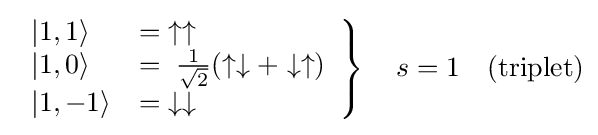
\left.{\begin{array}{ll}|1,1\rangle &=\;\uparrow \uparrow \\|1,0\rangle &=\;{\frac {1}{\sqrt {2}}}(\uparrow \downarrow +\downarrow \uparrow )\\|1,-1\rangle &=\;\downarrow \downarrow \end{array}}\right\}\quad s=1\quad \mathrm {(triplet)}